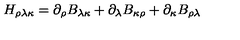
H _ { \rho \lambda \kappa } = \partial _ { \rho } B _ { \lambda \kappa } + \partial _ { \lambda } B _ { \kappa \rho } + \partial _ { \kappa } B _ { \rho \lambda }